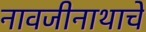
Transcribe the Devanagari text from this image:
नावजीनाथाचे